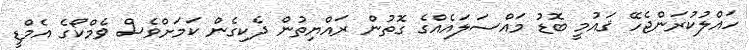
ހައްލުކުރަންޖެހޭ ޤައުމީ ބޮޑު މައްސަލައެއްގެ ގޮތުން ރައްޔިތުން ދެކިގެން ކަމަށްވެސް ވެމްކޯގެ އެމްޑީ